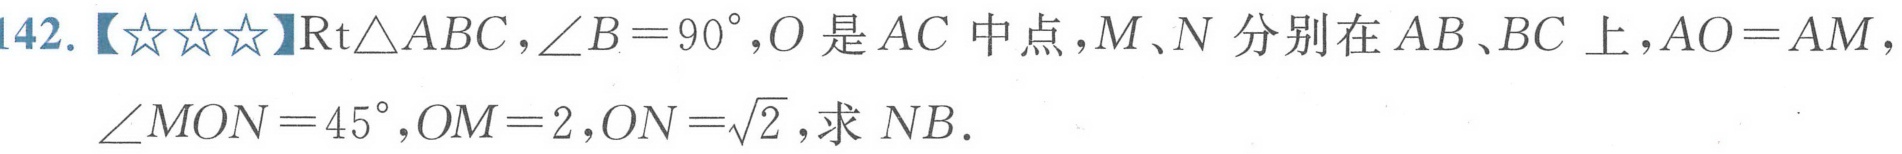
142.【★★★】\(\text{Rt}\triangle ABC\)，\(\angle B = 90^{\circ}\)，\(O\) 是 \(AC\) 中点，\(M\)、\(N\) 分别在 \(AB\)、\(BC\) 上，\(AO = AM\)，\(\angle MON = 45^{\circ}\)，\(OM = 2\)，\(ON=\sqrt{2}\)，求 \(NB\)．